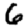
Digit: 6